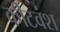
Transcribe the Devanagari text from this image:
कीटवंश